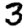
Digit: 3